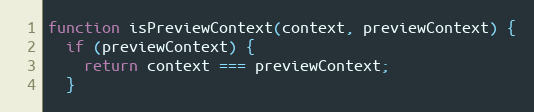
Language: JavaScript
function isPreviewContext(context, previewContext) {
  if (previewContext) {
    return context === previewContext;
  }